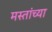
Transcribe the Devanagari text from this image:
मस्तांच्या